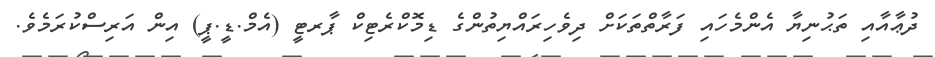
ދުޢާއާއި ތަޙުނިޔާ އެންމެހައި ފަރާތްތަކަށް ދިވެހިރައްޔިތުންގެ ޑިމޮކްރެޓިކް ޕާރޓީ (އެމް.ޑީ.ޕީ) އިން އަރިސްކުރަމެވެ.